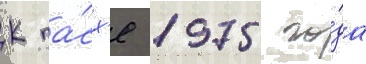
К па́сх'е 1975 го́да